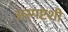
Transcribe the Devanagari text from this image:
अस्पष्टशी